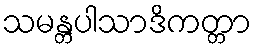
သမန္တပါသာဒိကတ္တာ